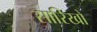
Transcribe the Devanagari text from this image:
सारिखो